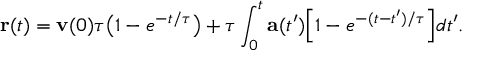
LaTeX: \mathbf { r } ( t ) = \mathbf { v } ( 0 ) \tau { \big ( } 1 - e ^ { - t / \tau } { \big ) } + \tau \int _ { 0 } ^ { t } \mathbf { a } ( t ^ { \prime } ) { \Big [ } 1 - e ^ { - ( t - t ^ { \prime } ) / \tau } { \Big ] } d t ^ { \prime } .